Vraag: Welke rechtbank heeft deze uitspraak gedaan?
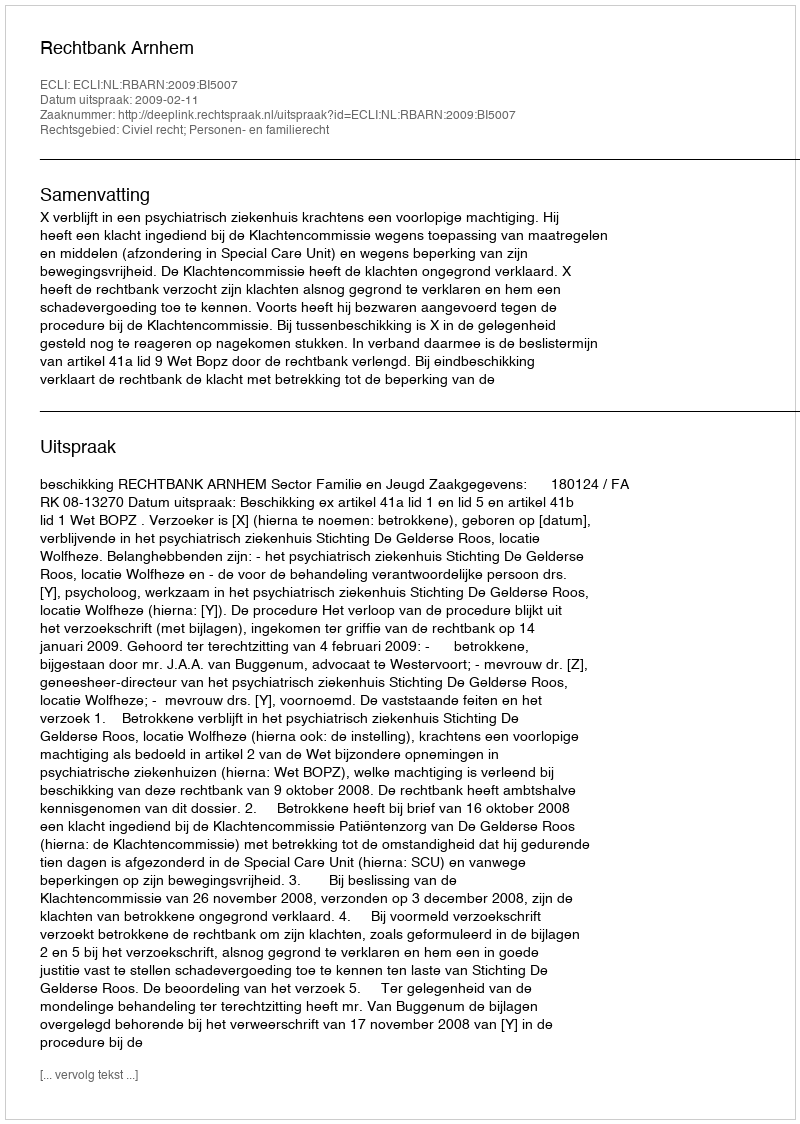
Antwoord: Rechtbank Arnhem